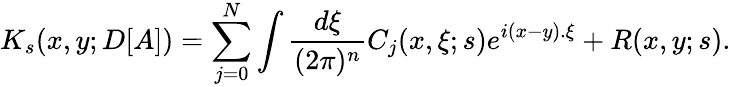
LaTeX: K_{s}(x,y;D[A])=\sum_{j=0}^{N}\int\frac{d\xi}{(2\pi)^{n}}C_{j}(x,\xi;s)e^{i(x-y).\xi}+R(x,y;s).